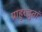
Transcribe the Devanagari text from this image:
प्राहुरद्भुतां